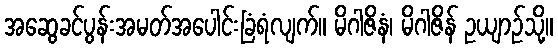
အဆွေခင်ပွန်းအမတ်အပေါင်းခြံရံလျက်။ မိဂါဇိနံ၊ မိဂါဇိန် ဥယျာဉ်သို့။